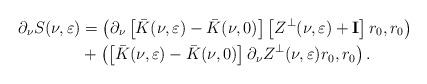
LaTeX: \begin{align*}\partial_{\nu}S(\nu,\varepsilon) & =\left( \partial_{\nu}\left[ \bar{K}(\nu,\varepsilon)-\bar{K}(\nu,0)\right] \left[ Z^{\perp}(\nu,\varepsilon)+\mathbf{I}\right] r_{0},r_{0}\right) \\& +\left( \left[ \bar{K}(\nu,\varepsilon)-\bar{K}(\nu,0)\right]\partial_{\nu}Z^{\perp}(\nu,\varepsilon)r_{0},r_{0}\right) .\end{align*}